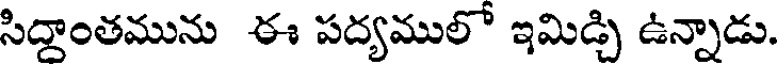
సిద్ధాంతమును ఈ పద్యములో ఇమిడ్చి ఉన్నాడు.